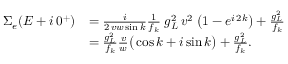
\begin{array} { r l } { \Sigma _ { e } ( E + i \, 0 ^ { + } ) } & { = \frac { i } { 2 \, v w \sin { k } } \frac { 1 } { f _ { k } } \; g _ { L } ^ { 2 } \, v ^ { 2 } \; \big ( 1 - e ^ { i \, 2 k } \big ) + \frac { g _ { L } ^ { 2 } } { f _ { k } } } \\ & { = \frac { g _ { L } ^ { 2 } } { f _ { k } } \frac { v } { w } \big ( \cos { k } + i \sin { k } \big ) + \frac { g _ { L } ^ { 2 } } { f _ { k } } . } \end{array}